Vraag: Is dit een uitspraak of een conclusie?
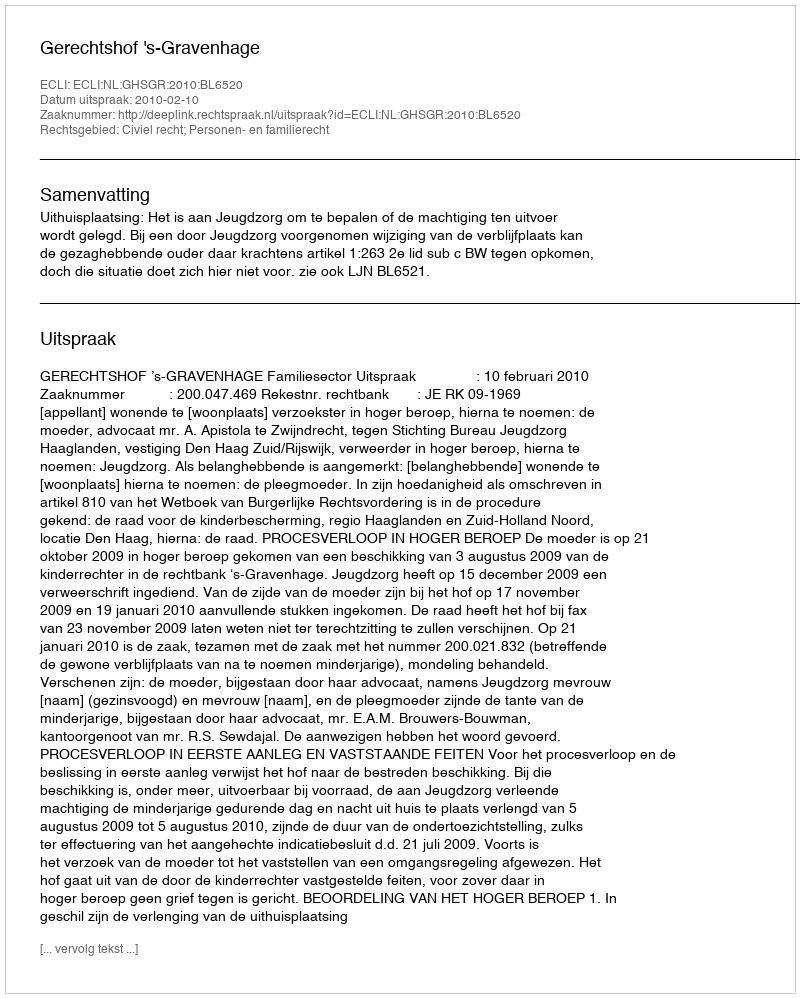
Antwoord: Uitspraak